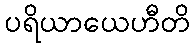
ပရိယာယေဟီတိ